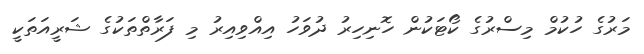
މަރުގެ ހުކުމް މިސްރުގެ ކޯޓަކުން ހޮނިހިރު ދުވަހު އިއްވިއިރު މި ފަރާތްތަކުގެ ޝަރީއަތަަކީ